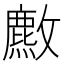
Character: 𫿡